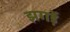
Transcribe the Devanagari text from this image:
झगड़ें